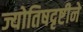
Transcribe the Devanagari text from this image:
ज्योतिषदृष्टीने